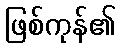
ဖြစ်ကုန်၏